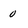
Character: 0